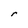
Character: r